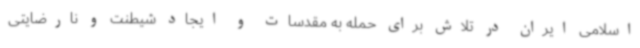
اسلامی ایران در تلاش برای حمله به مقدسات و ایجاد شیطنت و نارضایتی